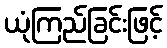
ယုံကြည်ခြင်းဖြင့်